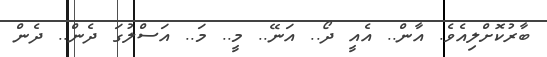
ބާރުކޮށްލިއެވެ. އާން.. އެއީ ދޯ.. އަނޭ.. މީ.. މަ.. އަސްލުގަ ދެން.. ދެން